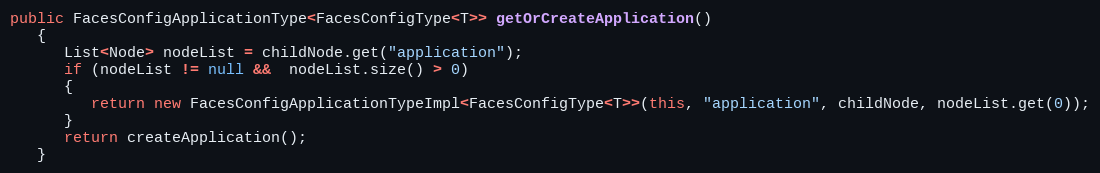
Language: Java
public FacesConfigApplicationType<FacesConfigType<T>> getOrCreateApplication()
   {
      List<Node> nodeList = childNode.get("application");
      if (nodeList != null &&  nodeList.size() > 0)
      {
         return new FacesConfigApplicationTypeImpl<FacesConfigType<T>>(this, "application", childNode, nodeList.get(0));
      }
      return createApplication();
   }